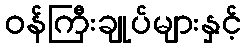
ဝန်ကြီးချုပ်များနှင့်